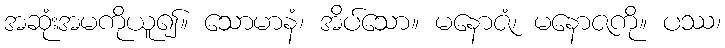
အဆုံးအမကိုယူ၍။ သောမာနံ၊ အိပ်သော။ မနောဇံ၊ မနောဇကို။ ပဿ၊